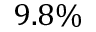
9 . 8 \%